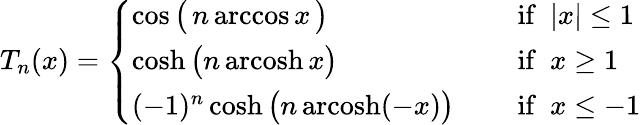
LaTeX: T_{n}(x)={\left\{ \begin{array}{ll}{\cos{\big(}\, n\operatorname{arccos}x\, {\big)}\quad}&{{\mathrm{~if~}}~|x|\leq 1}\\ {\cosh{\big(}n\operatorname{arcosh}x{\big)}\quad}&{{\mathrm{~if~}}~x\geq 1}\\ {(-1)^{n}\cosh{\big(}n\operatorname{arcosh}(-x){\big)}\quad}&{{\mathrm{~if~}}~x\leq-1}\end{array}\right.}